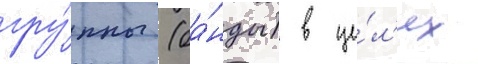
гру́ппы (ба́нды) в це́л'ях